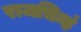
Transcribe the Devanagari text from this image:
राजचिन्हं